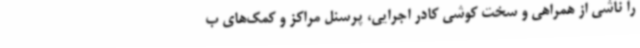
را ناشی از همراهی و سخت کوشی کادر اجرایی، پرسنل مراکز و کمک‌های ب